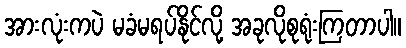
အားလုံးကပဲ မခံမရပ်နိုင်လို့ အခုလိုစုရုံးကြတာပါ။